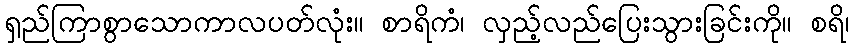
ရှည်ကြာစွာသောကာလပတ်လုံး။ စာရိကံ၊ လှည့်လည်ပြေးသွားခြင်းကို။ စရိ၊